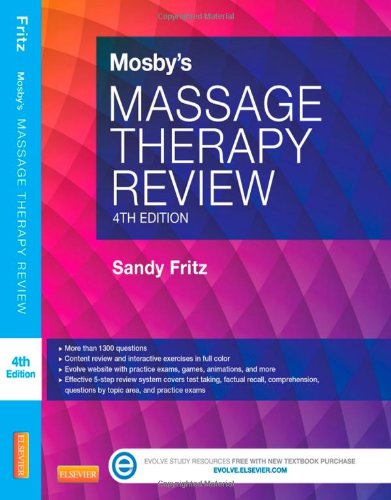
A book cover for Mosby's Massage Therapy Review, 4e; Sandy Fritz BS  MS  NCTMB; Health, Fitness & Dieting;